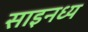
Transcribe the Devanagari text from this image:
साइनध्य